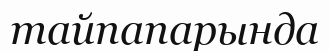
тайпапарында